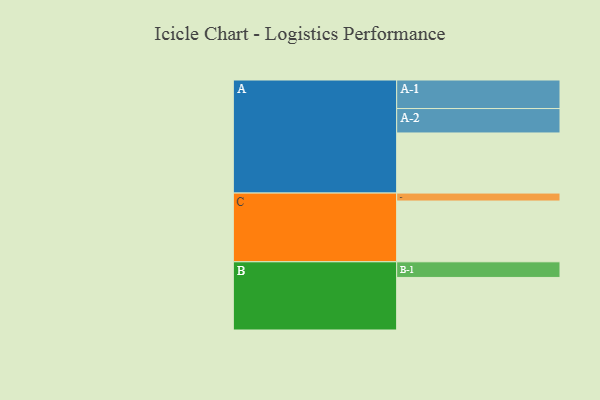
{"axis": {"x": "Segment", "y": "Value"}, "legend": ["", "A", "B", "C"], "data": [{"x": "A", "y": 438, "type": ""}, {"x": "B", "y": 383, "type": ""}, {"x": "C", "y": 443, "type": ""}, {"x": "A-1", "y": 208, "type": "A"}, {"x": "A-2", "y": 178, "type": "A"}, {"x": "B-1", "y": 114, "type": "B"}, {"x": "C-1", "y": 58, "type": "C"}]}